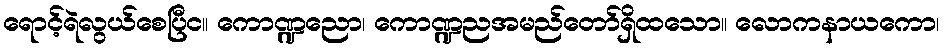
ရောင့်ရဲလွယ်စေပြီင။ ကောဏ္ဍညော၊ ကောဏ္ဍညအမည်တော်ရှိထသော။ လောကနာယကော၊